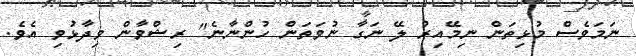
ނަމަވެސް މުޅިތަން ނިމޭއިރު ލޭ ނަގާ ނުވަތަން ހުންނާނެ" ރިޝްވާން ވިދާޅުވި އެވެ.